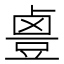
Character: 𱊻